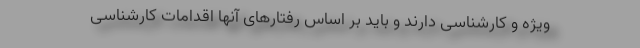
ویژه و کارشناسی دارند و باید بر اساس رفتارهای آنها اقدامات کارشناسی